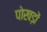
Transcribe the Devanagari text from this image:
पोखड़ों